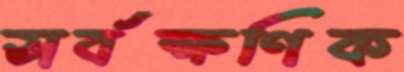
সর্বক্ষণিক